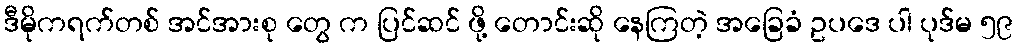
ဒီမိုကရက်တစ် အင်အားစု တွေ က ပြင်ဆင် ဖို့ တောင်းဆို နေကြတဲ့ အခြေခံ ဥပဒေ ပါ ပုဒ်မ ၅၉